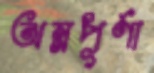
অন্নপূর্ণা